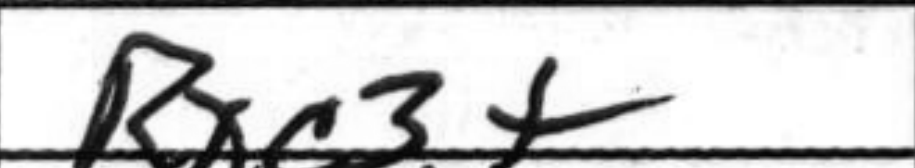
Transcription: Rxc3+